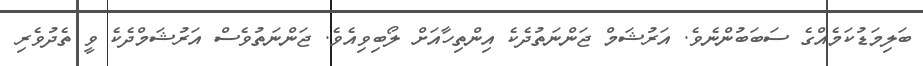
ބަލިމަޑުކަމެއްގެ ސަބަބުންނެވެ. އަރުޝަމް ޖަންނަތުދެކެ އިންތިހާއަށް ލޯބިވިއެވެ. ޖަންނަތުވެސް އަރުޝަމްދެކެ ވީ ތެދުވެރި